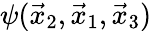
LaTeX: \psi(\vec{x}_{2},\vec{x}_{1},\vec{x}_{3})